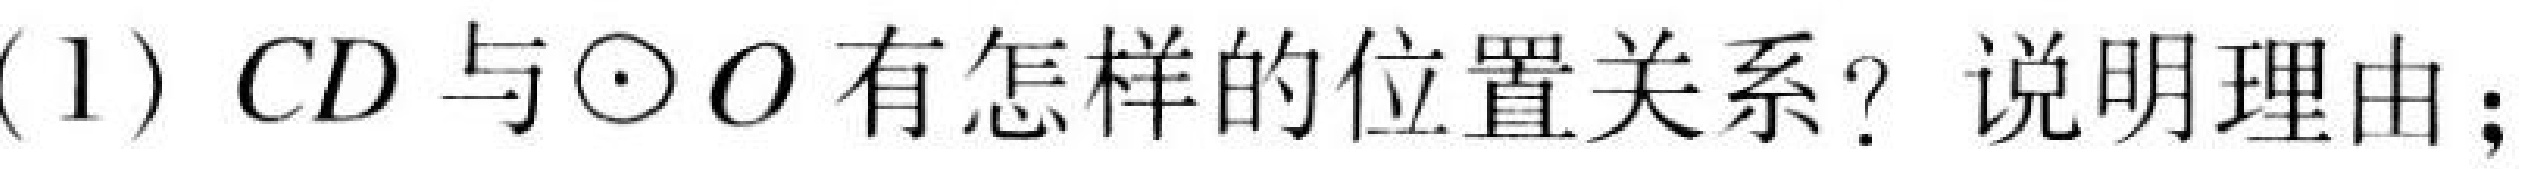
(1)\(CD\)与\(\odot O\)有怎样的位置关系？说明理由；